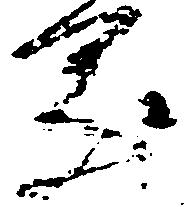
乗